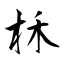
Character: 柇